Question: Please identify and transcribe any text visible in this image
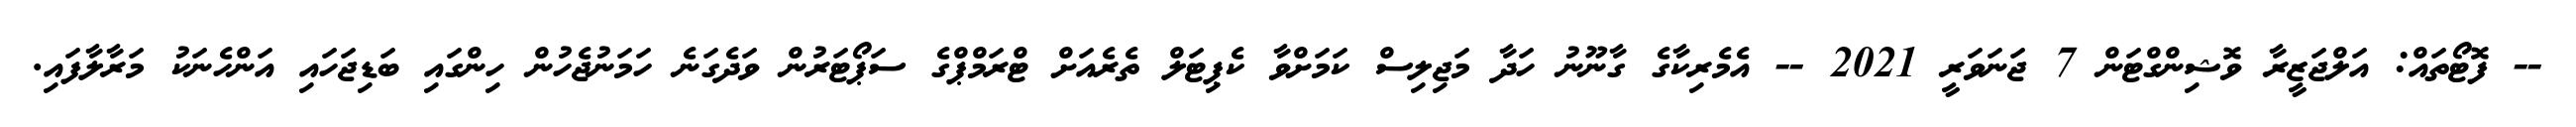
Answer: -- ފޮޓޯތައް: އަލްޖަޒީރާ ވޮޝިންގްޓަން 7 ޖަނަވަރީ 2021 -- އެމެރިކާގެ ގާނޫނު ހަދާ މަޖިލިސް ކަމަށްވާ ކެޕިޓަލް ތެރެއަށް ޓްރަމްޕްގެ ސަޕޯޓަރުން ވަދެގަނެ ހަމަނުޖެހުން ހިންގައި ބަޑިޖަހައި އަންހެނަކު މަރާލާފައި.